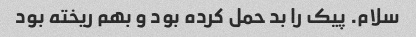
سلام. پیک را بد حمل کرده بود و بهم ریخته بود